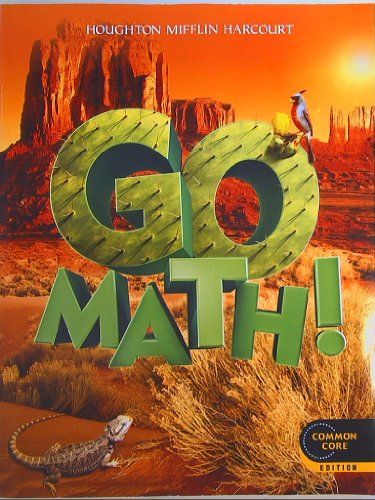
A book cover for GO MATH! Grade 5 Common Core Edition Isbn 9780547587813 2012; Houghton Mifflin Harcourt; Education & Teaching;